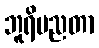
ဘူရိပညတာ